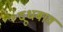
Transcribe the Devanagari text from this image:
दूधबाव